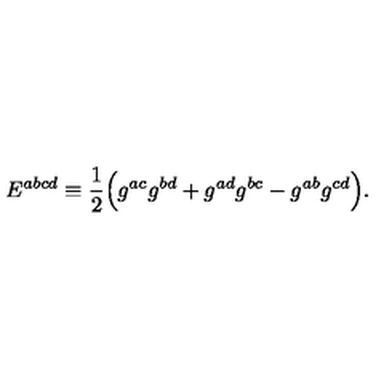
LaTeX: E ^ { a b c d } \equiv { \frac { 1 } { 2 } } \Bigr ( g ^ { a c } g ^ { b d } + g ^ { a d } g ^ { b c } - g ^ { a b } g ^ { c d } \Bigr ) .